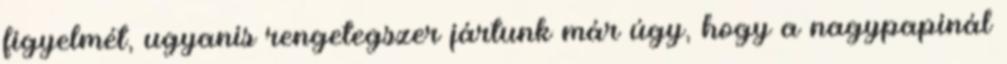
figyelmét, ugyanis rengetegszer jártunk már úgy, hogy a nagypapinál